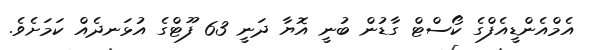
އެމްއެންޑީއެފްގެ ކޯސްޓް ގާޑުން ބުނީ އޮޔާ ދަނީ 63 ފޫޓްގެ އުޅަނދެއް ކަމަށެވެ.